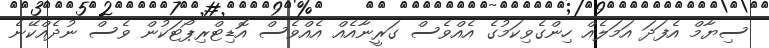
ސިޔާމް އެފަދަ އަމަލެއް ހިންގެވިކަމުގެ އެއްވެސް ގަރީނާއެއް އެއްވެސް އޮޑިޓްރިޕޯޓަކުން ވެސް ނުދެއްކޭނެ